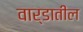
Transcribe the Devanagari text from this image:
वार्डातील